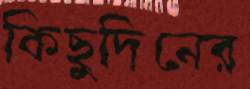
কিছুদিনের